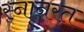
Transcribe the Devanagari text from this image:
स्नानरत